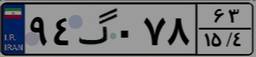
۹۴گ۰۷۸۶۳